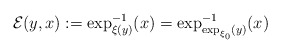
\begin{align*}\mathcal{E}(y,x):=\exp_{\xi(y)}^{-1}(x)=\exp_{\exp_{\xi_{0}}(y)}^{-1}(x)\end{align*}